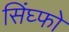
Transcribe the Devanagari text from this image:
सिंघ्फो